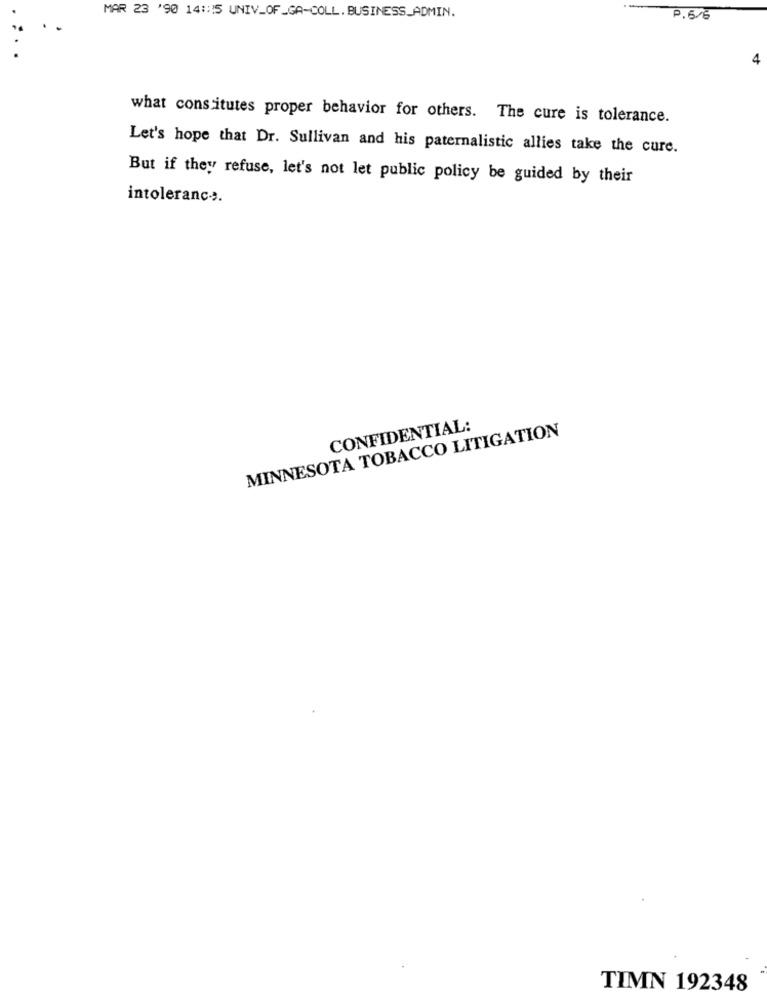
MAR 23 '90 14 :: 15 UNIV_OF_GA-COLL.BUSINESS_ADMIN.
P.6/6
4
what constitutes proper behavior for others. The cure is tolerance.
Let's hope that Dr. Sullivan and his paternalistic allies take the cure.
But if they refuse, let's not let public policy be guided by their
intoleranc ...
MINNESOTA TOBACCO LITIGATION
CONFIDENTIAL:
TIMN 192348